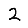
Digit: 2